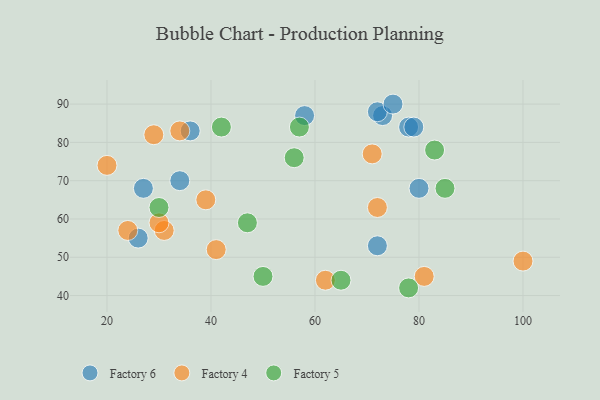
{"axis": {"x": "GDP", "y": "Life Expectancy"}, "legend": ["Factory 4", "Factory 5", "Factory 6"], "data": [{"x": "36", "y": 83, "type": "Factory 6"}, {"x": "27", "y": 68, "type": "Factory 6"}, {"x": "78", "y": 84, "type": "Factory 6"}, {"x": "73", "y": 87, "type": "Factory 6"}, {"x": "79", "y": 84, "type": "Factory 6"}, {"x": "80", "y": 68, "type": "Factory 6"}, {"x": "34", "y": 70, "type": "Factory 6"}, {"x": "26", "y": 55, "type": "Factory 6"}, {"x": "72", "y": 88, "type": "Factory 6"}, {"x": "75", "y": 90, "type": "Factory 6"}, {"x": "72", "y": 53, "type": "Factory 6"}, {"x": "58", "y": 87, "type": "Factory 6"}, {"x": "31", "y": 57, "type": "Factory 4"}, {"x": "41", "y": 52, "type": "Factory 4"}, {"x": "30", "y": 59, "type": "Factory 4"}, {"x": "72", "y": 63, "type": "Factory 4"}, {"x": "62", "y": 44, "type": "Factory 4"}, {"x": "100", "y": 49, "type": "Factory 4"}, {"x": "71", "y": 77, "type": "Factory 4"}, {"x": "20", "y": 74, "type": "Factory 4"}, {"x": "39", "y": 65, "type": "Factory 4"}, {"x": "24", "y": 57, "type": "Factory 4"}, {"x": "29", "y": 82, "type": "Factory 4"}, {"x": "81", "y": 45, "type": "Factory 4"}, {"x": "34", "y": 83, "type": "Factory 4"}, {"x": "83", "y": 78, "type": "Factory 5"}, {"x": "57", "y": 84, "type": "Factory 5"}, {"x": "85", "y": 68, "type": "Factory 5"}, {"x": "56", "y": 76, "type": "Factory 5"}, {"x": "65", "y": 44, "type": "Factory 5"}, {"x": "47", "y": 59, "type": "Factory 5"}, {"x": "50", "y": 45, "type": "Factory 5"}, {"x": "78", "y": 42, "type": "Factory 5"}, {"x": "42", "y": 84, "type": "Factory 5"}, {"x": "30", "y": 63, "type": "Factory 5"}]}